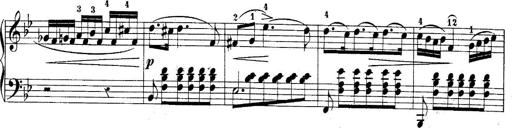
Title: 10 Sonatines progressives
Composer: Anton Schmoll